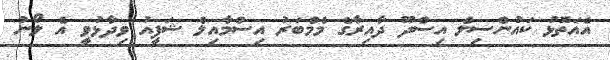
އެއަތޮޅު ކައުންސިލް އިސްދޫ ދާއިރާގެ މެމްބަރު އިސްމާއިލް ޝަފީއު ވިދާޅުވީ އެ ލޯނު